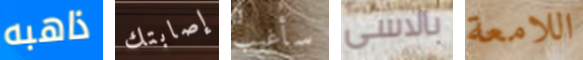
ذاهبه إصابتك سأغيب بالاسى اللامعة